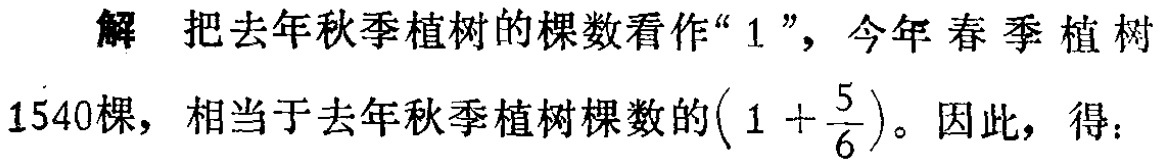
解 把去年秋季植树的棵数看作“$1$”，今年春季植树$1540$棵，相当于去年秋季植树棵数的$\left(1 + \dfrac{5}{6}\right)$。因此，得：